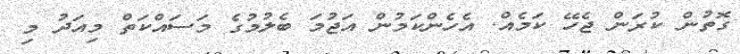
ގޮތުން ކުރަން ޖެހޭ ކަމެެއް